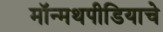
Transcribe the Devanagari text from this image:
मॉन्मथपीडियाचे